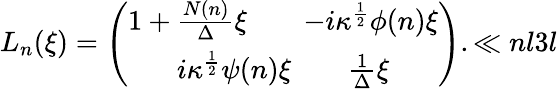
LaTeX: {L}_{n}(\xi)=\left(\begin{array}{c}{{{1+{\frac{N(n)}{\Delta}}\xi}\qquad{-i\kappa^{\frac{1}{2}}\phi(n)\xi}}}\\ {{{i\kappa^{\frac{1}{2}}\psi(n)\xi}\qquad{{\frac{1}{\Delta}}\xi}}}\end{array}\right).\ll{nl3l}